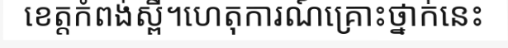
ខេត្តកំពង់ស្ពឺ។ហេតុការណ៍គ្រោះថ្នាក់នេះ